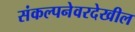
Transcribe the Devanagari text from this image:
संकल्पनेवरदेखील